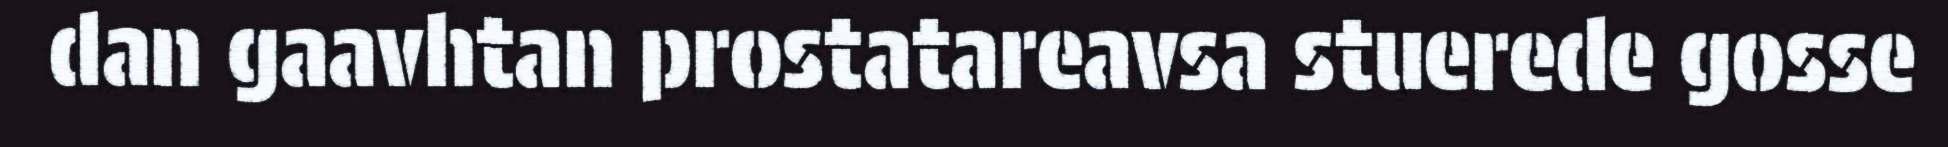
dan gaavhtan prostatareavsa stuerede gosse